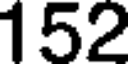
152